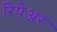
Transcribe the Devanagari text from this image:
रिपेअर